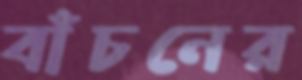
বাঁচনের